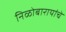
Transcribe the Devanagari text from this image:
निळोबारायांचे